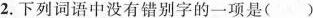
2.下列词语中没有错别字的一项是（）